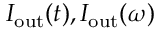
I _ { \mathrm { o u t } } ( t ) , I _ { \mathrm { o u t } } ( \omega )